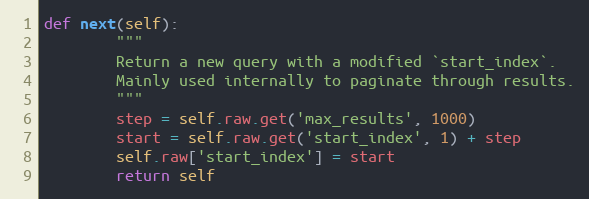
Language: Python
def next(self):
        """
        Return a new query with a modified `start_index`.
        Mainly used internally to paginate through results.
        """
        step = self.raw.get('max_results', 1000)
        start = self.raw.get('start_index', 1) + step
        self.raw['start_index'] = start
        return self